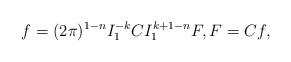
LaTeX: \begin{align*}f=(2\pi)^{1-n}I_1^{-k}C I_1^{k+1-n}F,F=Cf,\end{align*}